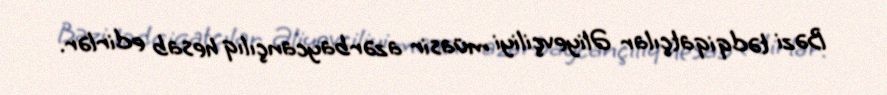
Bəzi tədqiqatçılar Əliyevçiliyi müasir azərbaycançılıq hesab edirlər.